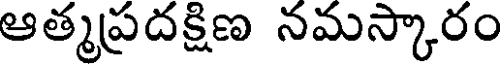
ఆత్మప్రదక్షిణ నమస్కారం